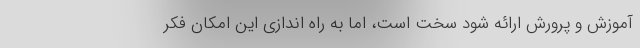
آموزش و پرورش ارائه شود سخت است، اما به راه اندازی این امکان فکر